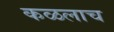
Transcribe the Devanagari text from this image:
कळलाच